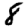
Digit: 8